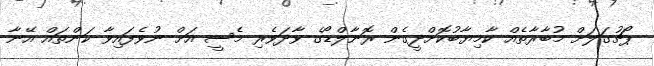
ޕޯޗުގަލަށް މުބާރާތެއް ކާމިޔާބުކޮށްދީގެން ރޮނާލްޑޯގެ ވާދަވެރި މެސީ އަށް ނުވެފައިވާ ކަންތައް އޭނާ